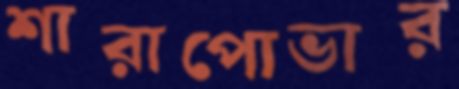
শারাপোভার